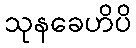
သုနခေဟိပိ